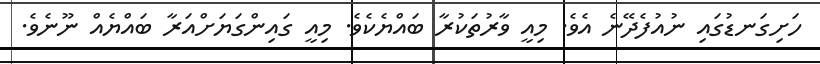
ހަށިގަނޑުގައި ނުއުފެދޭނެ އެވެ. މިއީ ވާރުތަކުރާ ބައްޔެކެވެ. މިއީ ގައިންގަޔަށްއަރާ ބައްޔެއް ނޫނެވެ.